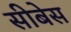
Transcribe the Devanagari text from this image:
सीबेस